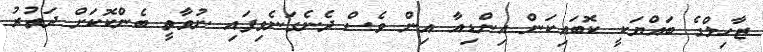
ޒާހިލްގެ ބައްޔަކީ ކޮބައިކަން އިންޑިއާ އިން ވެސް ދެނެގަނެވިފައި ނުވާތީ ބެންކޮކަށް ދަތުރު